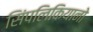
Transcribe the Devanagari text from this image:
सिंपलिकियानो